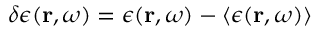
\delta \epsilon ( \boldsymbol { \mathbf { r } } , \omega ) = \epsilon ( \boldsymbol { \mathbf { r } } , \omega ) - \left\langle \epsilon ( \boldsymbol { \mathbf { r } } , \omega ) \right\rangle